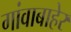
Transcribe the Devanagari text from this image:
गांवाबाहेर